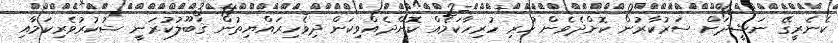
ކެނެރީގޭ ނަޝީދަށް ސަރުކާރުން ކޮށްދެވެން ހުރި ހުރިހާކަމެއް ކޮށްދެއްވިކަން ދިވެހިރައްޔިތުން ޤަބޫލުކުރަނީ ޝުކުރުވެރިކަމާއި